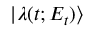
| \lambda ( t ; E _ { t } ) \rangle